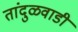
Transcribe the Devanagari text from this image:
तांदुळवाडी